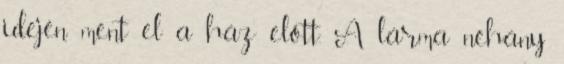
idején ment el a ház előtt. A lárma néhány